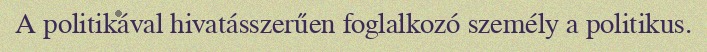
A politikával hivatásszerűen foglalkozó személy a politikus.